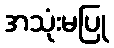
အသုံးမပြု